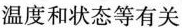
温度和状态等有关